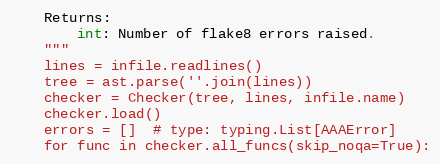
Language: Python
    Returns:
        int: Number of flake8 errors raised.
    """
    lines = infile.readlines()
    tree = ast.parse(''.join(lines))
    checker = Checker(tree, lines, infile.name)
    checker.load()
    errors = []  # type: typing.List[AAAError]
    for func in checker.all_funcs(skip_noqa=True):